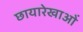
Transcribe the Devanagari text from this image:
छायारेखाओं